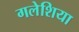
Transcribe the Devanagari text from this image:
गलेशिया